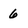
Character: 6